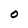
Character: o